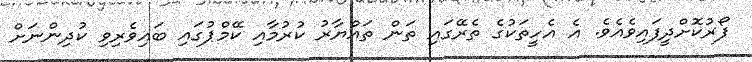
ފޯރުކޮށްދީފައިވެއެވެ. އެ އެހީތަކުގެ ތެރޭގައި ތަން ތައްޔާރު ކުރުމާއި ކޭމްޕުގައި ބައިވެރިވި ކުދިންނަށް